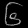
Digit: ၆